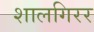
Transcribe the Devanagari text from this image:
शालगिरर